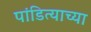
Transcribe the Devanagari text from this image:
पांडित्याच्या